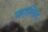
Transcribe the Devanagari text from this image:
मसाजिद